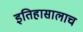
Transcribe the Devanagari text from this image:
इतिहासालाच